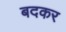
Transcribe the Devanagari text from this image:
बदकर